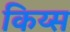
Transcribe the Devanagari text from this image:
किय्स